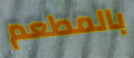
بالمطعم